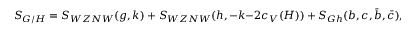
S _ { G / H } = S _ { W Z N W } ( g , k ) ~ + ~ S _ { W Z N W } ( h , - k - 2 c _ { V } ( H ) ) ~ + ~ S _ { G h } ( b , c , \bar { b } , \bar { c } ) ,